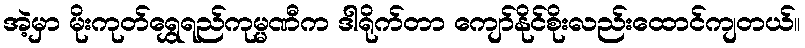
အဲ့မှာ မိုးကုတ်ရွှေရည်ကုမ္မဏီက ဒါရိုက်တာ ကျော်နိုင်စိုးလည်းထောင်ကျတယ်။